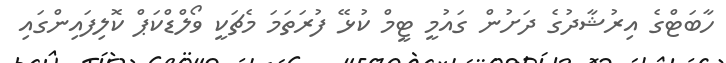
ހާބަޓްގެ އިރުޝާދުގެ ދަށުން ގައުމީ ޓީމް ކުޅޭ ފުރަތަމަ މެޗަކީ ވޯލްޑްކަޕް ކޮލިފައިންގައި